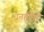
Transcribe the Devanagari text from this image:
धनहीनों